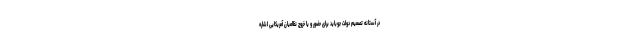
در آستانه تصمیم دولت جوباید برای حضور و یا خروج نظامیان آمریکایی اشاره